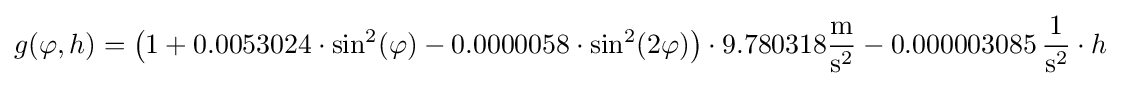
g(\varphi ,h)=\left(1+0{.}0053024\cdot \sin ^{2}(\varphi )-0{.}0000058\cdot \sin ^{2}(2\varphi )\right)\cdot 9{.}780318{\frac {\mathrm {m} }{\mathrm {s} ^{2}}}-0{.}000003085\,{\frac {1}{\mathrm {s} ^{2}}}\cdot h